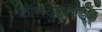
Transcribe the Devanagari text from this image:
कॉम्प्युटरएडेड